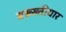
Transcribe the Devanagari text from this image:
बख्ख्तीयार